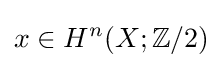
x\in H^{n}(X;\mathbb {Z} /2)